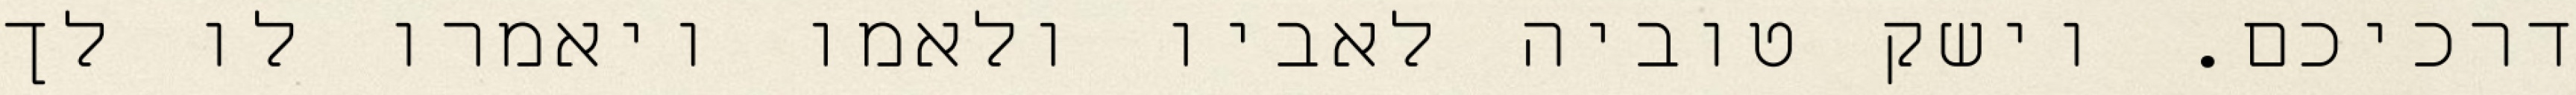
דרכיכם. וישק טוביה לאביו ולאמו ויאמרו לו לך